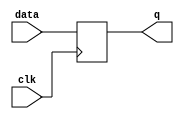
module DFilpFlop #(parameter SIZE = 32)
                (input clk,
                 input [SIZE - 1:0] data,
                 output [SIZE - 1:0] q
                );

    reg [SIZE - 1:0] q;
    always @(posedge clk) begin
        q <= data;
    end
    
endmodule